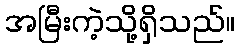
အမြီးကဲ့သို့ရှိသည်။